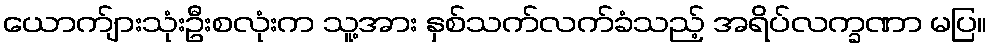
ယောက်ျားသုံးဦးစလုံးက သူ့အား နှစ်သက်လက်ခံသည့် အရိပ်လက္ခဏာ မပြ။